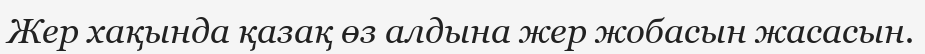
Жер хақында қазақ өз алдына жер жобасын жасасын.